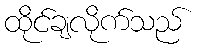
ထိုင်ချလိုက်သည်